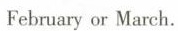
February or March.